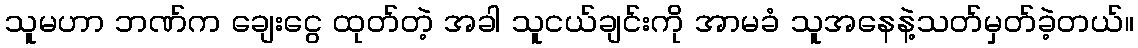
သူမဟာ ဘဏ်က ချေးငွေ ထုတ်တဲ့ အခါ သူငယ်ချင်းကို အာမခံ သူအနေနဲ့သတ်မှတ်ခဲ့တယ်။